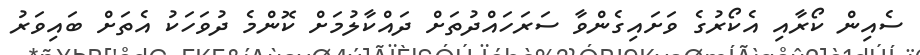
ސެއިން ކޯރާއި އެކޯރުގެ ވަށައިގެންވާ ސަރަހައްދުތަށް ދައްކާލުމަށް ކޮންމެ ދުވަހަކު އެތަށް ބައިވަރު